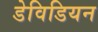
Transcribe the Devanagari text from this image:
डेविडियन